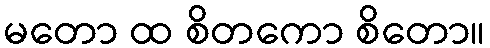
မတော ထ စိတကော စိတော။